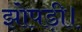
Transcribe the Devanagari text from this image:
झोपड़ी।